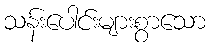
သန်းပေါင်းများစွာသော